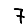
Digit: 7